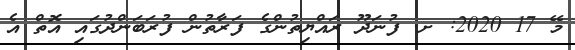
މޭ 17 2020: ށ. ފުނަދޫ ރައްޔިތުންގެ ފަރާތުން ފުރަބަންދުގައި އޮތް އެ